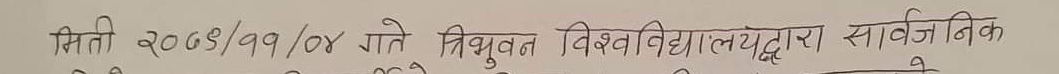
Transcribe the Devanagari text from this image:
मिति २०७९/११/०४ गते त्रिभुवन विश्वविद्यालयद्वारा सार्वजनिक